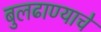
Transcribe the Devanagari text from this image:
बुलढाण्याचे